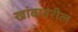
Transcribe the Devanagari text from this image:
खांबावरील